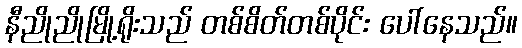
နီညိုညိုမြို့ရိုးသည် တစ်စိတ်တစ်ပိုင်း ပေါ်နေသည်။